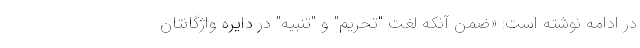
در ادامه نوشته است: «ضمن آنکه لغت "تحریم" و "تنبیه" در دایره واژگانتان